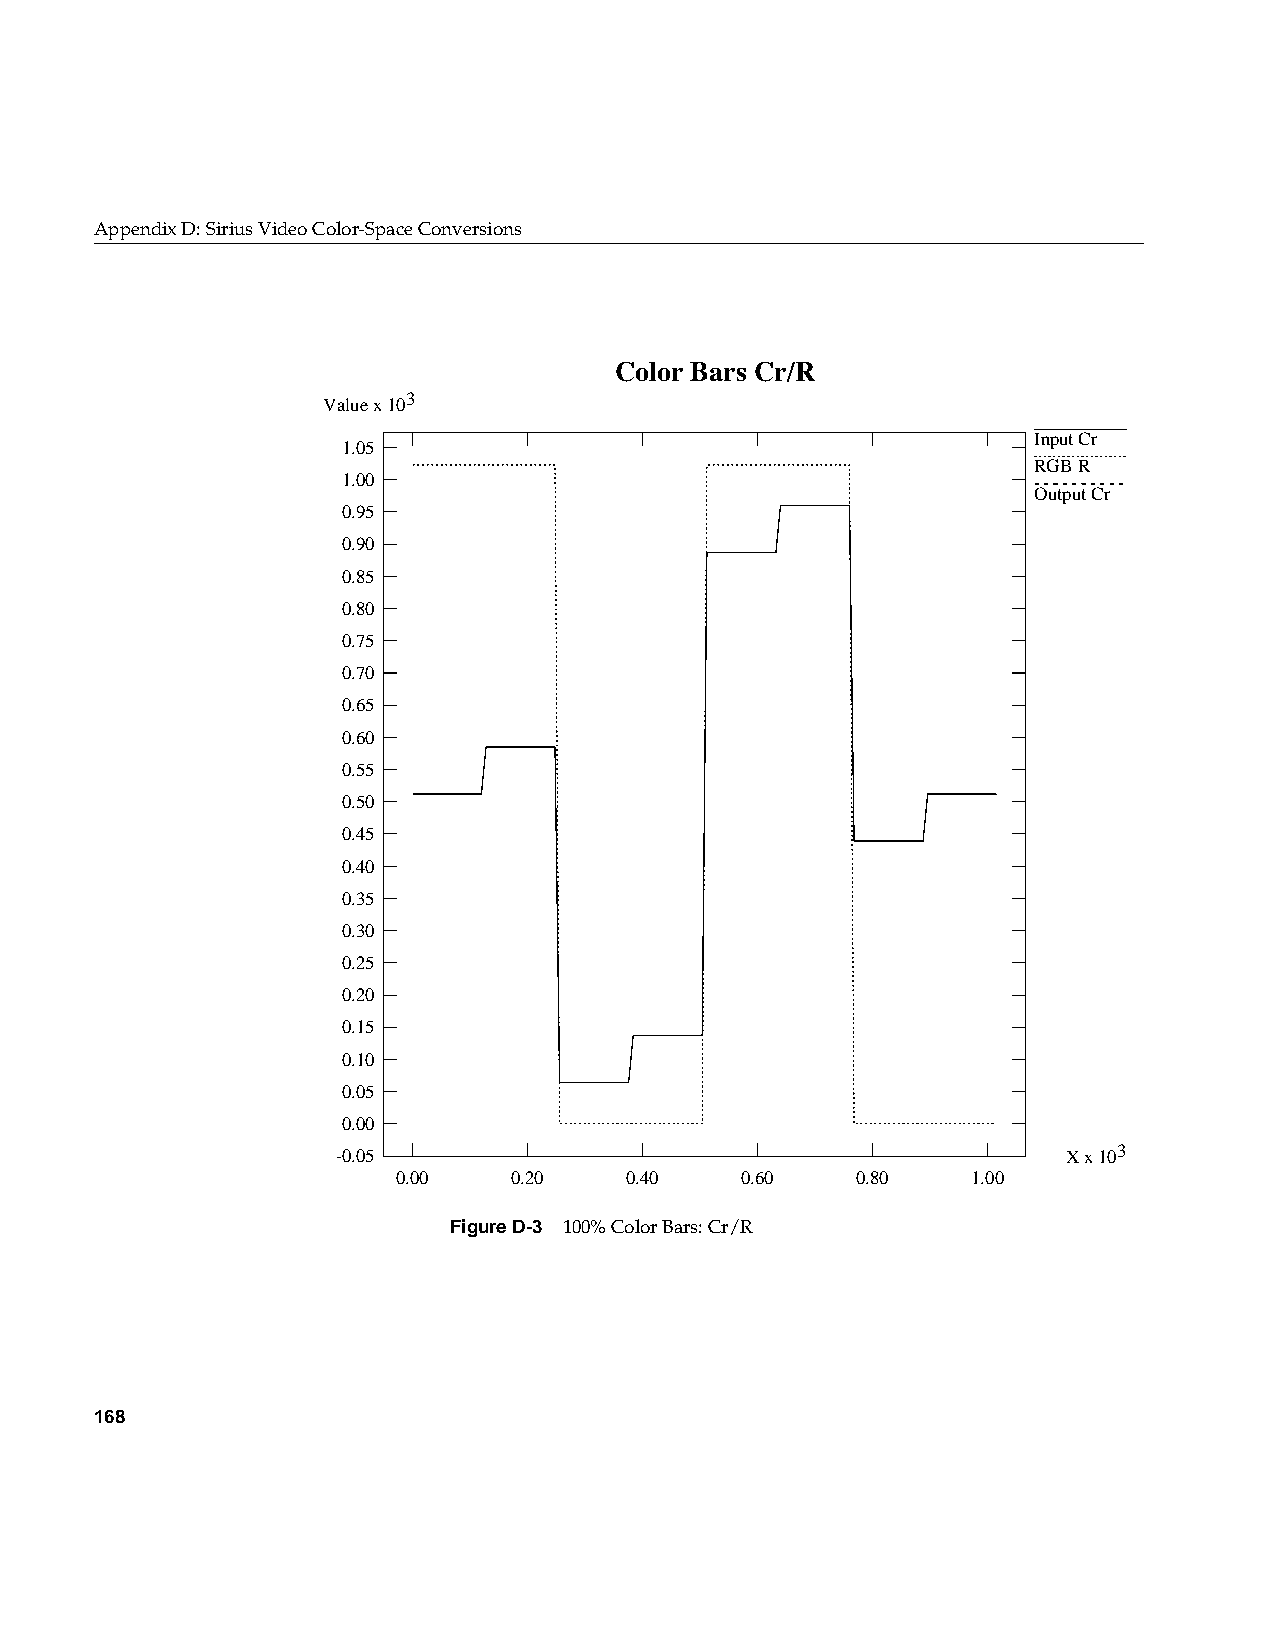
AppendixD: Sirius Video Color-Space Conversions
 Color Bars Cr/R
 3
 Value x 10
 Input Cr
 1.05
 RGB R
 1.00
 Output Cr
 0.95
 0.90
 0.85
 0.80
 0.75
 0.70
 0.65
 0.60
 0.55
 0.50
 0.45
 0.40
 0.35
 0.30
 0.25
 0.20
 0.15
 0.10
 0.05
 0.00
 -0.05                                            X x 103
 0.00    0.20   0.40    0.60    0.80   1.00
 FigureD-3 100% Color Bars: Cr/R
 168